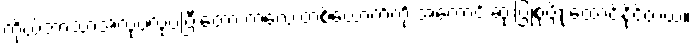
ကိုယ့်ဘာသာအလုပ်လုပ်ပြီးတော့ ကလေးတစ်ယောက်ကို အကောင်းဆုံးပြုစုပျိုးထောင်နိုင်တယ်။